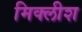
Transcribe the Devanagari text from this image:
मिक्लीश